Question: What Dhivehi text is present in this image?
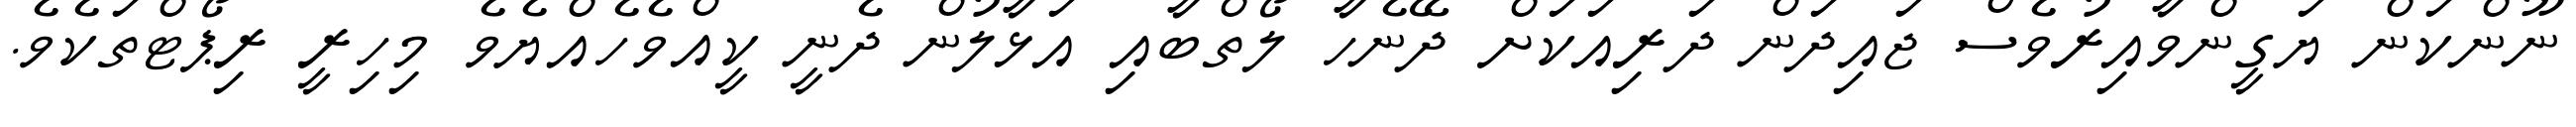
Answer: ނޫންކަން ޔަގީންވާއިރުވެސް ޖައިދަން ދަރިއަކަށް ދޭނެހާ ލޯތްބާއި އަޅާލުން ދެނީ ކީއްވެހެއްޔެވެ މިހިރީ ރިޕޯޓްތަކެވެ.